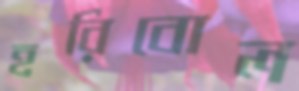
হরিবোল